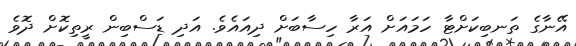
އޭނާގެ ތަނބިކަށްޓާ ހަމައަށް އަރާ ހިސާބަށް ދިއައެވެ. އަދި ޑަސްބިން ރީތިކޮށް ދޮވެ